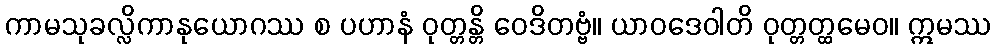
ကာမသုခလ္လိကာနုယောဂဿ စ ပဟာနံ ဝုတ္တန္တိ ဝေဒိတဗ္ဗံ။ ယာဝဒေဝါတိ ဝုတ္တတ္ထမေဝ။ ဣမဿ